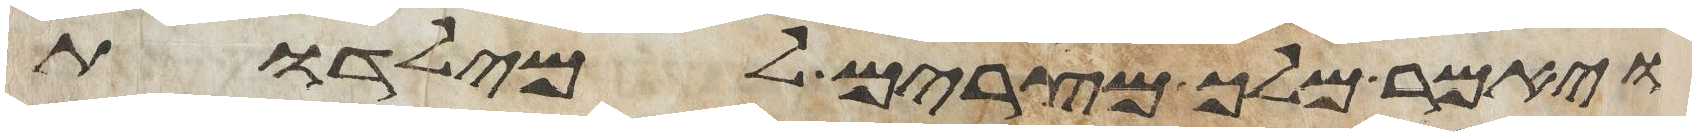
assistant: ויאמר מלך מצרים למילדות